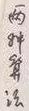
两种算法